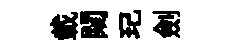
載闚玘劍